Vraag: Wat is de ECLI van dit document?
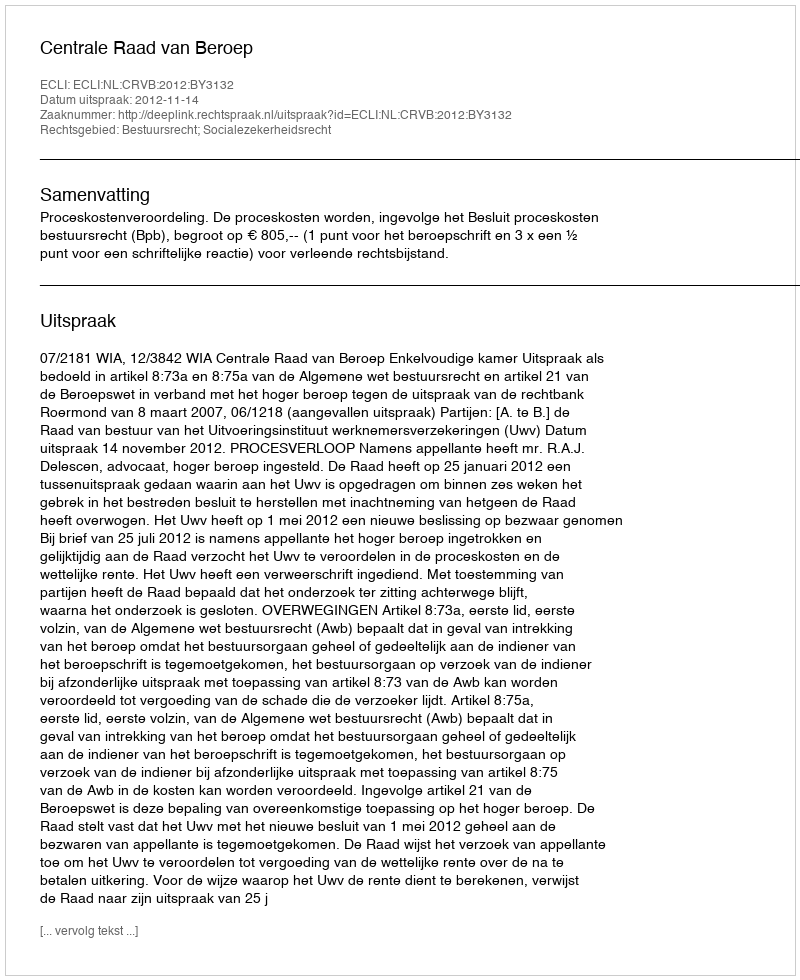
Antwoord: ECLI:NL:CRVB:2012:BY3132